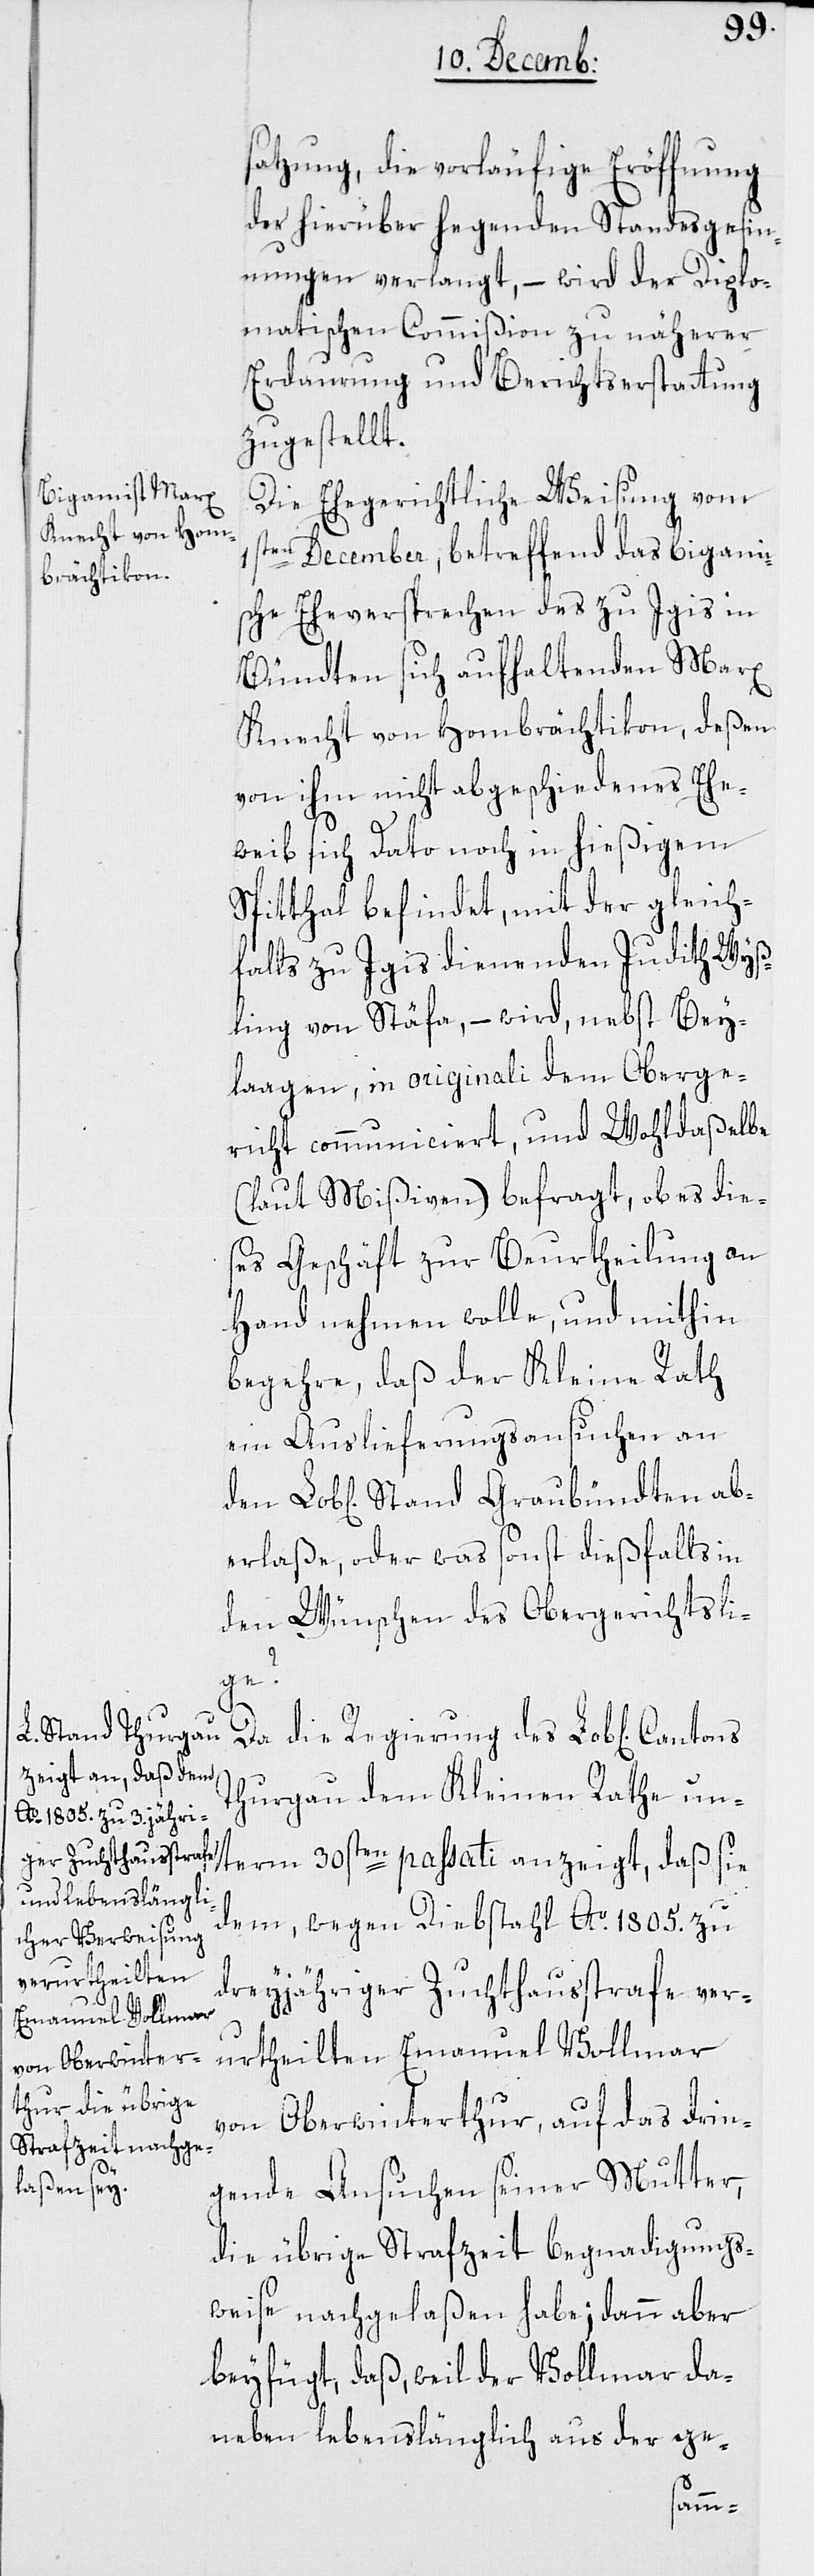
satzung, die vorläufige Eröffnung
der hierüber hegenden Standesgesin¬
nungen verlangt, – wird der Diplo¬
matischen Commißion zu näherer
Erdaurung und Berichtserstattung
zugestellt.
Die Ehegerichtliche Weisung vom
ten December, betreffend das bigami¬
1s¬
sche Eheversprechen des zu Igis in
Bündten sich aufhaltenden Marx
Knecht von Hombrächtikon, deßen
von ihm nicht abgeschiedenes Ehe¬
weib sich Dato noch in hießigem
Spitthal befindet, mit der gleich¬
falls zu Igis dienenden Judith Wyß¬
ling von Stäfa, – wird nebst Bey¬
lagen, in originali dem Oberge¬
richt communiciert, und wohldaßelbe
(laut Mißiven) befragt, ob es die¬
ses Geschäft zur Beurtheilung an
Hand nehmen wolle, und mithin
begehre, daß der Kleine Rath
ein Auslieferungsansuchen an
erlaße, oder was sonst dießfalls in
den Wünschen des Obergerichts li¬
ge?
den
Da die Regierung des Lob[lichen]
Thurgau dem Kleinen Rathe un¬
dem, wegen Diebstahl Ao 1805. zu
dreyjähriger Zuchthausstrafe ver¬
term
urtheilten Emanuel Vollmar
von Oberwinterthur, auf das drin¬
gende Ansuchen seiner Mutter,
die übrige Strafzeit begnadigungs¬
weise nachgelaßen habe; dann aber
beyfügt, daß, weil der Vollmar da¬
neben lebenslänglich aus der ge-